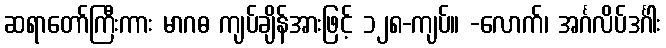
ဆရာတော်ကြီးကား မာဂဓ ကျပ်ချိန်အားဖြင့် ၁၂၈-ကျပ်။ -လောက်၊ အင်္ဂလိပ်ဒင်္ဂါး